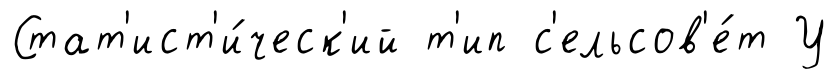
Стат'ист'и́ческ'ий т'ип с'ельсов'е́т У